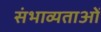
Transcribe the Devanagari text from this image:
संभाव्यताओं